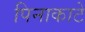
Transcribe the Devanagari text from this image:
पिनाकाटे